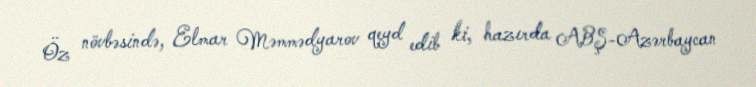
Öz növbəsində, Elmar Məmmədyarov qeyd edib ki, hazırda ABŞ-Azərbaycan